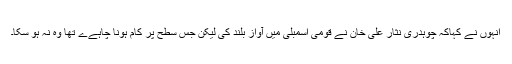
انہوں نے کہاکہ چوہدری نثار علی خان نے قومی اسمبلی میں آواز بلند کی لیکن جس سطح پر کام ہونا چاہےے تھا وہ نہ ہو سکا۔